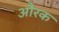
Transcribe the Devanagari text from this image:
औरक